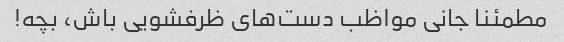
مطمئنا جانی مواظب دست‌های ظرفشویی باش، بچه!